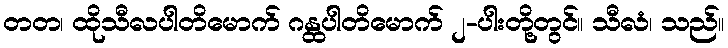
တတ၊ ထိုသီလပါတိမောက် ဂန္ထပါတိမောက် ၂-ပါးတို့တွင်။ သီလံ၊ သည်။